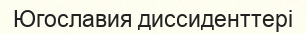
Югославия диссиденттері